Annual report on the working of the mental hospitals in the Madras Presidency - 1912-1932
Year: 1912
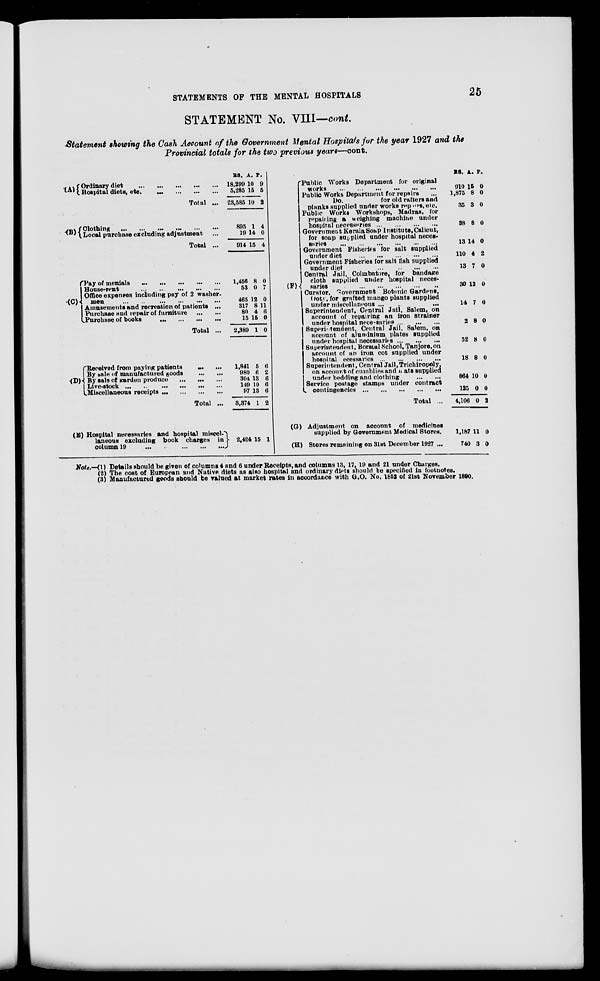
STATEMENTS OF THE MENTAL HOSPITALS
25
STATEMENT No. VIII—cont.
Statement showing the Cash Account of the Government Mental Hospitals for the year 1927 and the
Provincial totals for the two previous years—cont.
(A) Ordinary diet
...
... ... ... ...
Hospital diets, etc.
...
...
...
...
Total ...
(B) Clothing
...
...
...
...
...
Local purchase excluding adjustment ...
Total ...
(C)
Pay of menials
...
...
...
...
...
House-rent
...
...
...
...
...
Office expenses including pay of 2 washer-
men
...
...
...
...
...
...
Amusements and recreation of patients ...
Purchase and repair of furniture
...
...
Purchase of books
...
...
...
...
Total ...
(D)
Received from paying patients
... ...
By sale of manufactured goods
...
...
By sale of garden produce
...
...
...
Live-stock
...
...
...
...
...
...
Miscellaneous receipts ... ... ... ...
Total ...
(E) Hospital necessaries and hospital miscel-
laneous excluding book charges in
column 19
... ... ... ... ... ...
RS.
18,299
5,285
23,585
895
19
914
1,456
53
465
317
80
15
2,389
1,841
980
304
149
97
3,374
2,424
A.
10
15
10
1
14
15
8
0
12
8
4
15
1
5
6
13
10
13
1
15
P.
9
5
2
4
0
4
0
7
0
11
6
0
0
6
2
6
6
6
2
1
(F)
(G)
(H)
Public Works Department for original
works ... ... ... ... ... ...
Public Works Department for repairs ...
Do.
for old rafters and
planks supplied under works repairs, etc.
Public Works Workshops, Madras, for
repairing a weighing machine under
hospital necessaries
...
...
...
...
Government Kerala Soap Institute,Calicut,
for soap supplied under hospital neces-
saries ... ... ... ... ... ...
Government Fisheries for salt supplied
under diet ... ... ... ... ...
Government Fisheries for salt fish supplied
under diet
...
...
...
...
Central Jail, Coimbatore, for bandage
cloth supplied under hospital neces-
saries
...
...
...
...
...
...
Curator, Government Botanic Gardens,
Ooty, for grafted mango plants supplied
under miscellaneous ... ... ... ...
Superintendent, Central Jail, Salem, on
account of repairing an iron strainer
under hospital necessaries ... ... ...
Superintendent, Central Jail, Salem, on
account of aluminium plates supplied
under hospital necessaries ... ... ...
Superintendent, Borstal School, Tanjore, on
account of an iron cot supplied under
hospital
necessaries ... ... ... ...
Superintendent, Central Jail, Trichinopoly,
on account of cumblies and it ats supplied
under bedding and clothing
...
...
Service postage stamps under contract
contingencies ...
...
...
...
...
Total ...
Adjustment on account of medicines
supplied by Government Medical Stores.
Stores remaining on 31st December 1927 ...
RS.
910
1,875
35
38
13
110
13
30
14
2
52
18
864
125
4,106
1,187
740
A.
15
8
3
8
14
4
7
12
7
8
8
8
10
0
0
11
3
P.
0
0
0
0
0
2
0
0
0
0
0
0
0
0
2
0
0
Note.—(1) Details should be given of columns 4 and 6 under Receipts, and columns 13, 17, 19 and 21 under Charges.
(2) The cost of European and Native diets as also hospital and ordinary diets should be specified in footnotes.
(3) Manufactured goods should be valued at market rates in accordance with G.O. No. 1852 of 21st November 1890.